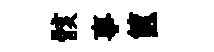
骸事篋